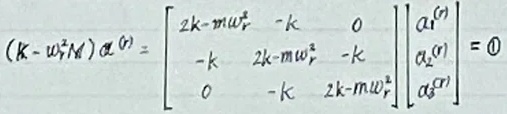
$(K - w_{r}^{2}M)\alpha^{(r)} = \begin{bmatrix}
2k - m w_{r}^{2} & -k & 0 \\
-k & 2k - m w_{r}^{2} & -k \\
0 & -k & 2k - m w_{r}^{2}
\end{bmatrix}
\begin{bmatrix}
\alpha_{1}^{(r)} \\
\alpha_{2}^{(r)} \\
\alpha_{3}^{(r)}
\end{bmatrix} = 0$